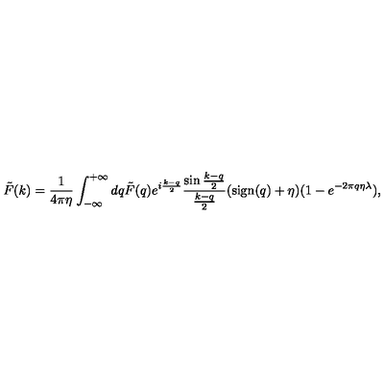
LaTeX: \tilde { F } ( k ) = { \frac { 1 } { 4 \pi \eta } } \int _ { - \infty } ^ { + \infty } d q \tilde { F } ( q ) e ^ { i { \frac { k - q } { 2 } } } { \frac { \sin { \frac { k - q } { 2 } } } { \frac { k - q } { 2 } } } ( \mathrm { s i g n } ( q ) + \eta ) ( 1 - e ^ { - 2 \pi q \eta \lambda } ) ,